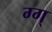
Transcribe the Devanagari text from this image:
ग्ग्